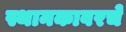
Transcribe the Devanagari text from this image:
स्थानकावरचे